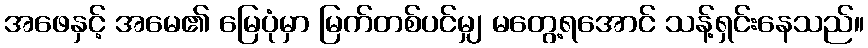
အဖေနှင့် အမေ၏ မြေပုံမှာ မြက်တစ်ပင်မျှ မတွေ့ရအောင် သန့်ရှင်းနေသည်။